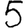
Digit: 5